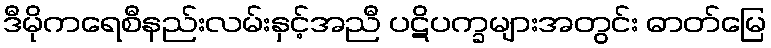
ဒီမိုကရေစီနည်းလမ်းနှင့်အညီ ပဋိပက္ခများအတွင်း ဓာတ်မြေ